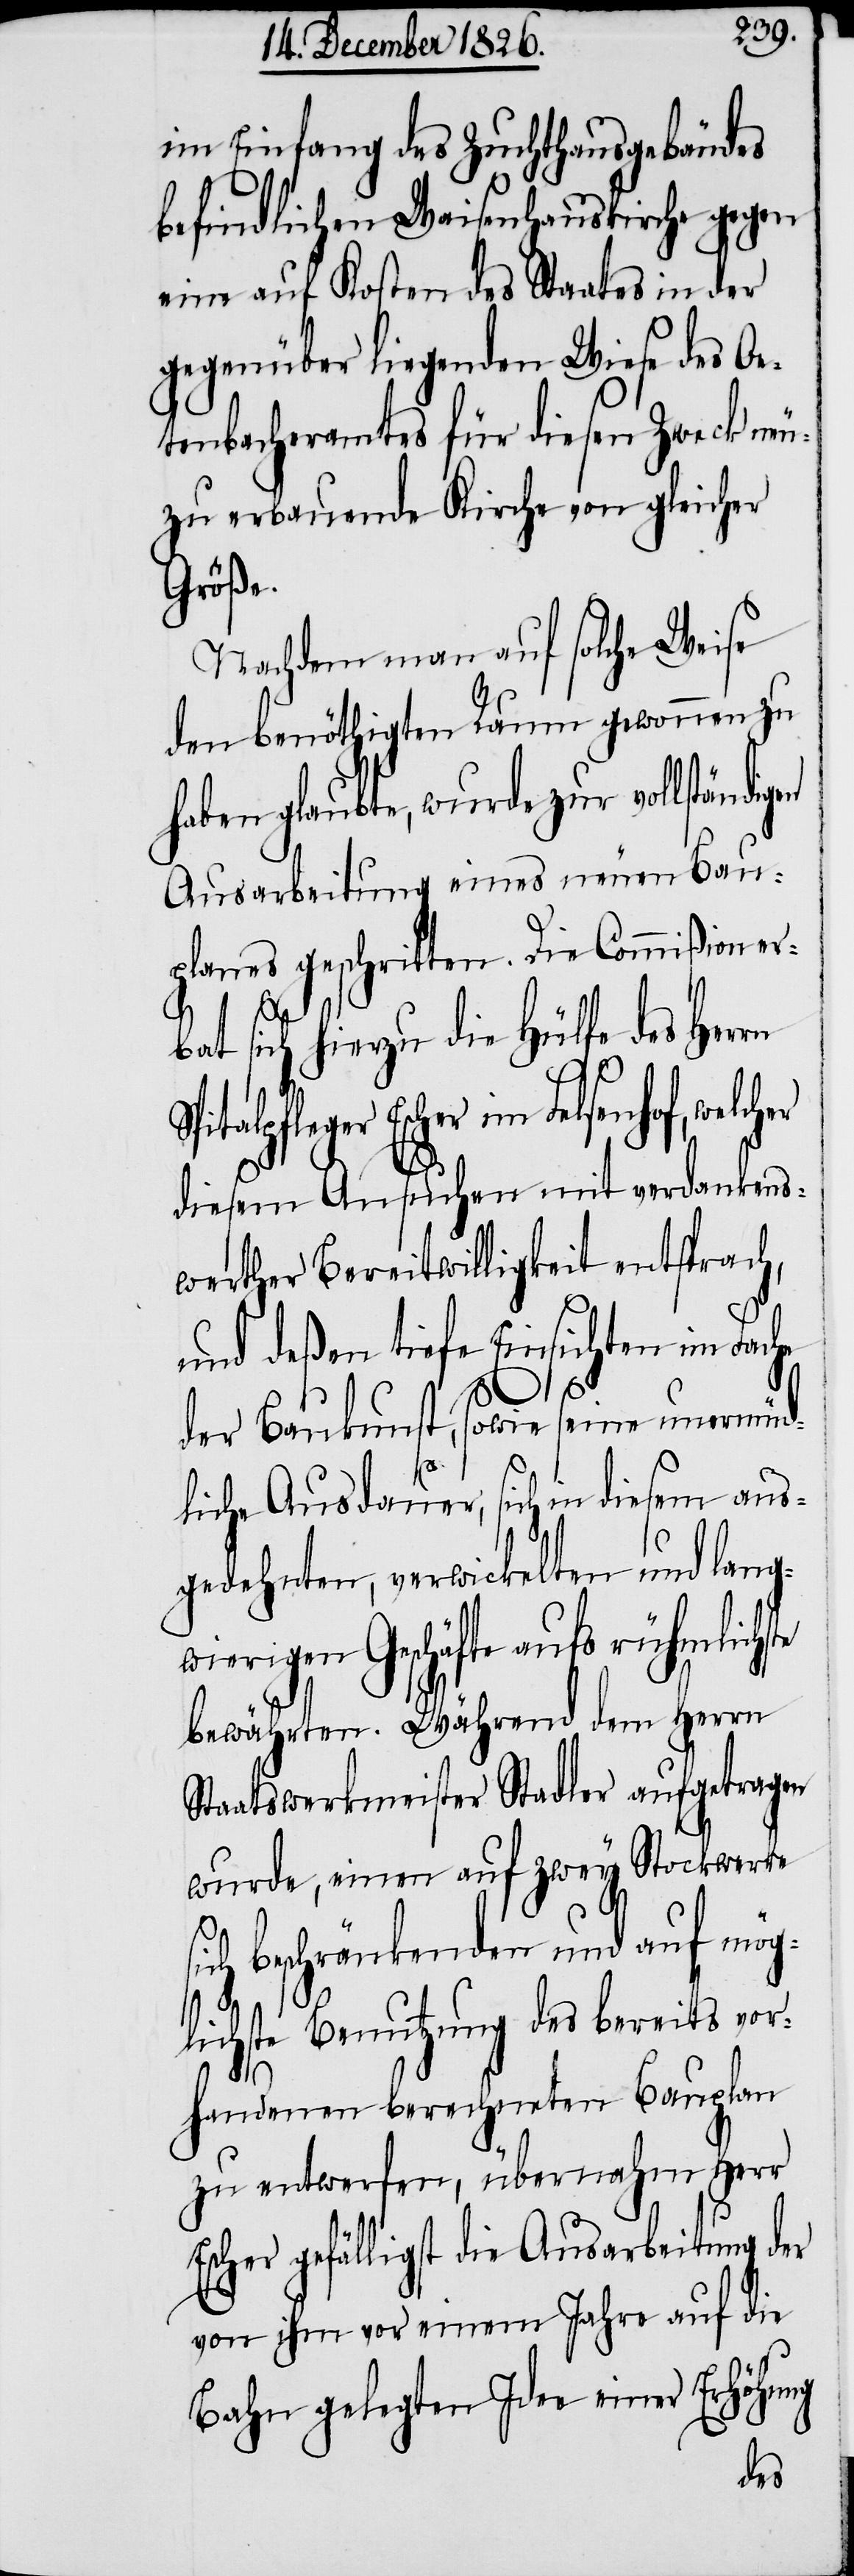
im Einfang des Zuchthausgebäudes
befindlichen Waisenhauskirche gegen
eine auf Kosten des Staates in der
gegenüber liegenden Wiese des Oe¬
tenbacheramtes für diesen Zweck neu¬
zuerbauende Kirche von gleicher
Größe.
Nachdem man auf solche Weise
den benöthigten Raum gewonnen zu
haben glaubte, wurde zur vollständigen
Ausarbeitung eines neuen Bau¬
planes geschritten. Die Commißion er¬
bat sich hierzu die Hülfe des Herrn
Escher im Felsenhof, welcher
diesem Ansuchen mit verdankens¬
werther Bereitwilligkeit entsprach,
und deßen tiefe Einsichten im Fache
si¬
der Baukunst, sowie seine unermüd¬
liche Ausdauer, sich in diesem aus¬
gedehnten, verwickelten und lang¬
wierigen Geschäfte aufs rühmlichste
bewährten. Während dem Herrn
Staatswerkmeister Stadler aufgetragen
wurde, einen auf zwey Stockwerke
ch beschränkenden und auf mög¬
lichste Benutzung des bereits vor¬
handenen berechneten Bauplan
zu entwerfen, übernahm Herr
Escher gefälligst die Ausarbeitung der
von ihm vor einem Jahre auf die
Bahn gelegten Idee einer Erhöhung